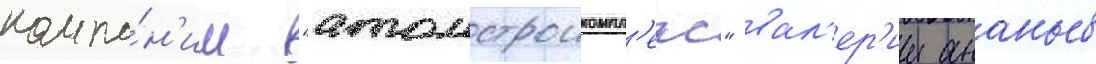
компа́н'ии "атомстроикомпл'екс" вал'ер'ии ананьев